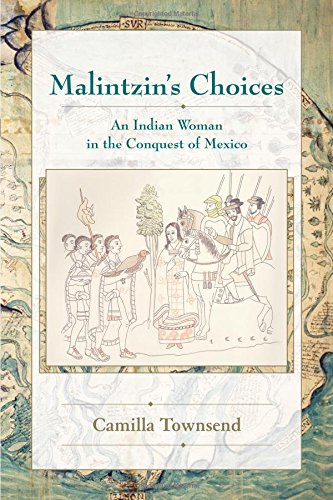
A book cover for Malintzin's Choices: An Indian Woman in the Conquest of Mexico (DiÃ¡logos); Camilla Townsend; Biographies & Memoirs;